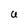
Character: U